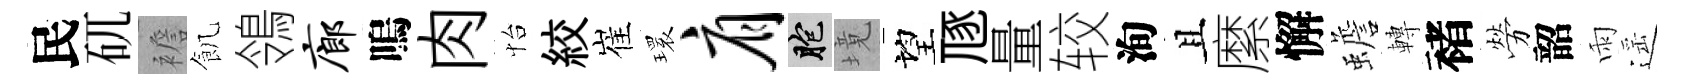
民矹襜飢鴒廊嗚肉怡絞崔𤨔肩胞境望豗量较洵且縻懈蟾轉褚勞韶雨遥